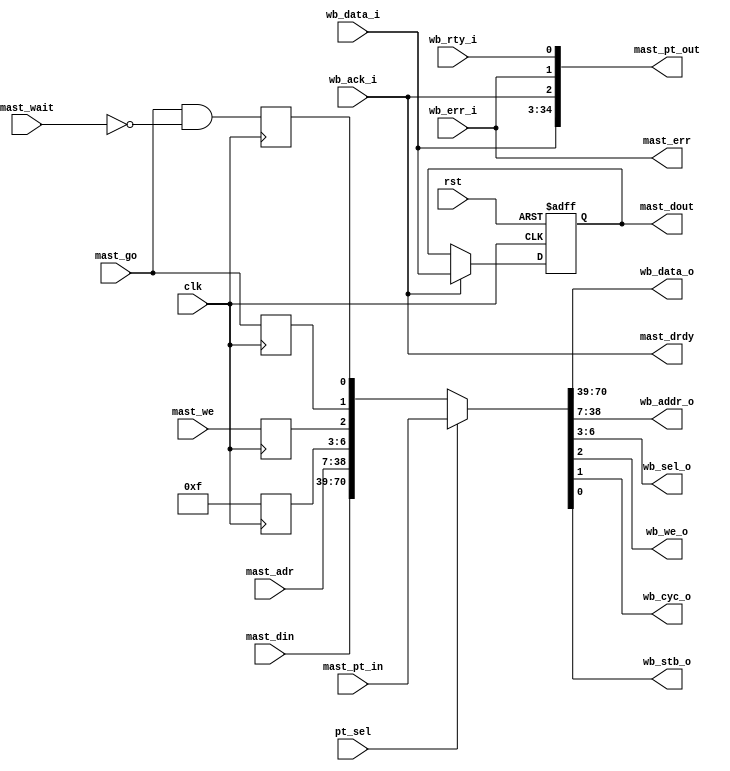
module wb_dma_wb_mast(clk, rst,

	wb_data_i, wb_data_o, wb_addr_o, wb_sel_o, wb_we_o, wb_cyc_o,
	wb_stb_o, wb_ack_i, wb_err_i, wb_rty_i,

	mast_go, mast_we, mast_adr, mast_din, mast_dout, mast_err,
	mast_drdy, mast_wait,

	pt_sel, mast_pt_in, mast_pt_out
	);

input		clk, rst;

// --------------------------------------
// WISHBONE INTERFACE 

input	[31:0]	wb_data_i;
output	[31:0]	wb_data_o;
output	[31:0]	wb_addr_o;
output	[3:0]	wb_sel_o;
output		wb_we_o;
output		wb_cyc_o;
output		wb_stb_o;
input		wb_ack_i;
input		wb_err_i;
input		wb_rty_i;

// --------------------------------------
// INTERNAL DMA INTERFACE 
input		mast_go;	// Perform a Master Cycle (as long as this
				// line is asserted)
input		mast_we;	// Read/Write
input	[31:0]	mast_adr;	// Address for the transfer
input	[31:0]	mast_din;	// Internal Input Data
output	[31:0]	mast_dout;	// Internal Output Data
output		mast_err;	// Indicates an error has occurred

output		mast_drdy;	// Indicated that either data is available
				// during a read, or that the master can accept
				// the next data during a write
input		mast_wait;	// Tells the master to insert wait cycles
				// because data can not be accepted/provided

// Pass Through Interface
input		pt_sel;		// Pass Through Mode Selected
input	[70:0]	mast_pt_in;	// Grouped WISHBONE inputs
output	[34:0]	mast_pt_out;	// Grouped WISHBONE outputs

////////////////////////////////////////////////////////////////////
//
// Local Wires
//

reg		mast_cyc, mast_stb;
reg		mast_we_r;
reg	[3:0]	mast_be;
reg	[31:0]	mast_dout;

////////////////////////////////////////////////////////////////////
//
// Pass-Through Interface
//

assign {wb_data_o, wb_addr_o, wb_sel_o, wb_we_o, wb_cyc_o, wb_stb_o} =
	pt_sel ? mast_pt_in :
	{mast_din, mast_adr, mast_be, mast_we_r, mast_cyc, mast_stb};

assign mast_pt_out = {wb_data_i, wb_ack_i, wb_err_i, wb_rty_i};

////////////////////////////////////////////////////////////////////
//
// DMA Engine Interface
//

// MSB: Eliminate 'x' propagation
// Source: bug tracker
always @(posedge clk or negedge rst)
if (!rst) mast_dout <= 32'h00000000;
else if(wb_ack_i) mast_dout <= #1 wb_data_i; 
/*
always @(posedge clk)
	if(wb_ack_i)	mast_dout <= #1 wb_data_i;
 */

always @(posedge clk)
	mast_be <= #1 4'hf;

always @(posedge clk)
	mast_we_r <= #1 mast_we;

always @(posedge clk)
	mast_cyc <= #1 mast_go;

always @(posedge clk)
	mast_stb <= #1 mast_go & !mast_wait; 

assign mast_drdy = wb_ack_i;
assign mast_err  = wb_err_i;

endmodule